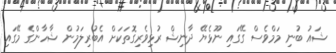
ޝައު ބުނި މަމްވެސް ގޭގައި ނޫޅެޔޭ ދާނިޝް ރުޅިވެރިގޮތަކަށް އެބުރިލަމުން ޝާހާންގެ މޭގައި